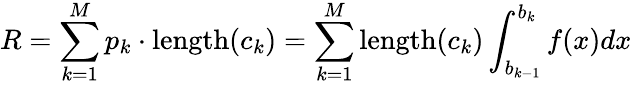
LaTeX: R=\sum_{k=1}^{M}p_{k}\cdot\mathrm{length}(c_{k})=\sum_{k=1}^{M}\mathrm{length}(c_{k})\int_{b_{k-1}}^{b_{k}}f(x)dx